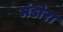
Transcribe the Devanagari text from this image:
मंडोरा